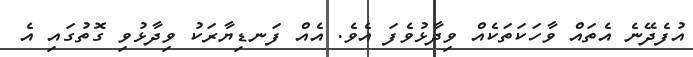
އުފެދޭނެ އެތައް ވާހަކަތަކެއް ވިދާޅުވެފަ އެވެ. އެއް ފަނޑިޔާރަކު ވިދާޅުވި ގޮތުގައި އެ